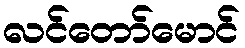
လင်တော်မောင်